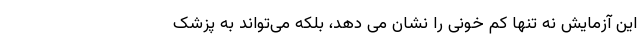
این آزمایش نه‌ تنها کم‌ خونی را نشان می‌ دهد، بلکه می‌تواند به پزشک